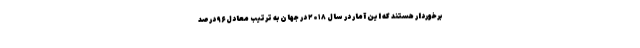
برخوردار هستند که این آمار در سال ۲۰۱۸ در جهان به ترتیب معادل ۹۶ درصد